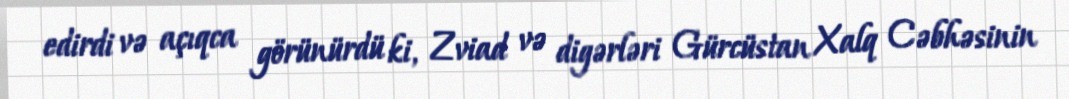
edirdi və açıqca görünürdü ki, Zviad və digərləri Gürcüstan Xalq Cəbhəsinin